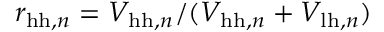
r _ { \ensuremath { \mathrm { h h } } , n } = V _ { \ensuremath { \mathrm { h h } } , n } / ( V _ { \ensuremath { \mathrm { h h } } , n } + V _ { \ensuremath { \mathrm { l h } } , n } )